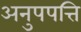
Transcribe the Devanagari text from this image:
अनुपपत्ति